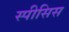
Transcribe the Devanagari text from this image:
स्पीसिस